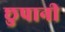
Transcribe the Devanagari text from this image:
छुपानी